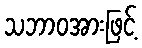
သဘာဝအားဖြင့်